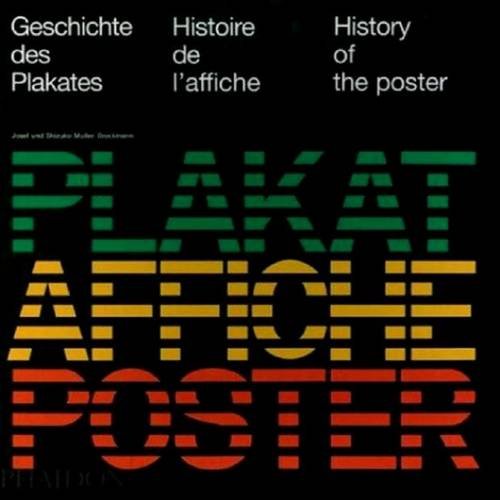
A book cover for History of the Poster; Josef Muller-Brockmann; Crafts, Hobbies & Home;